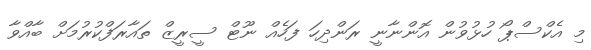
މި އެކްސްޕޯ ހުޅުވުން އޮންނާނީ ރަންދިހަ ފަހެއް ނޫޓް ސީރީޒް ތައާރަފްކުރުމަށް ބާއްވާ